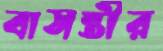
বাসন্তীর